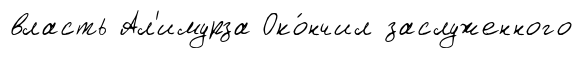
власть Ал'имурза Око́нчил заслуженного